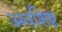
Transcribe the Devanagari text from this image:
अवशिष्ठ